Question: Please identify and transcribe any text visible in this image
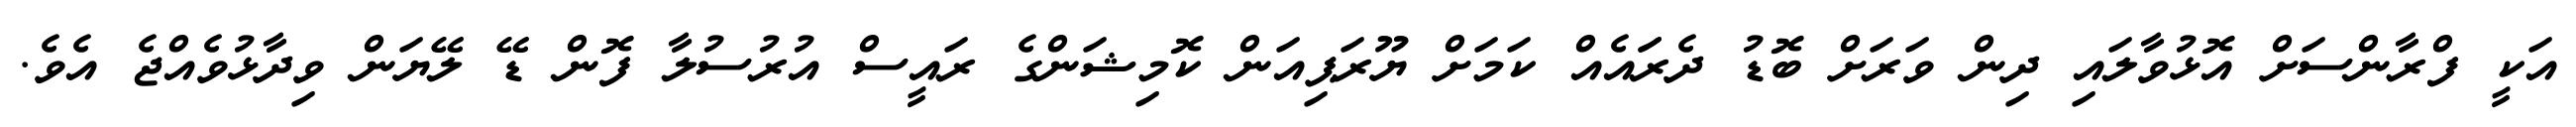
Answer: އަކީ ފްރާންސަށް އޮޅުވާލައި ދިން ވަރަށް ބޮޑު ދެރަައެއް ކަމަށް ޔޫރަޕިއަން ކޮމިޝަންގެ ރައީސް އުރުސުލާ ފޮން ޑޭ ލޭޔަން ވިދާޅުވެއްޖެ އެވެ.